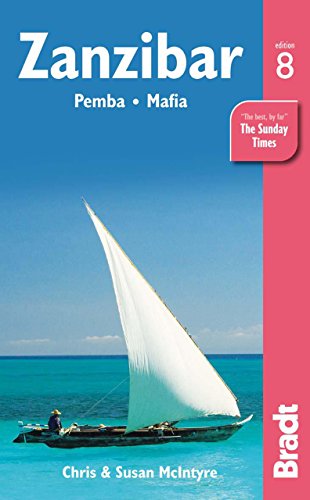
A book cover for Zanzibar: Pemba - Mafia (Bradt Travel Guide); Chris McIntyre; Travel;